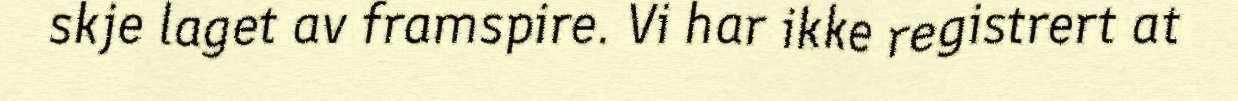
skje laget av framspire. Vi har ikke registrert at